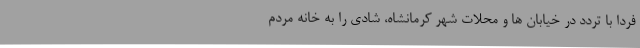
فردا با تردد در خیابان ها و محلات شهر کرمانشاه، شادی را به خانه مردم